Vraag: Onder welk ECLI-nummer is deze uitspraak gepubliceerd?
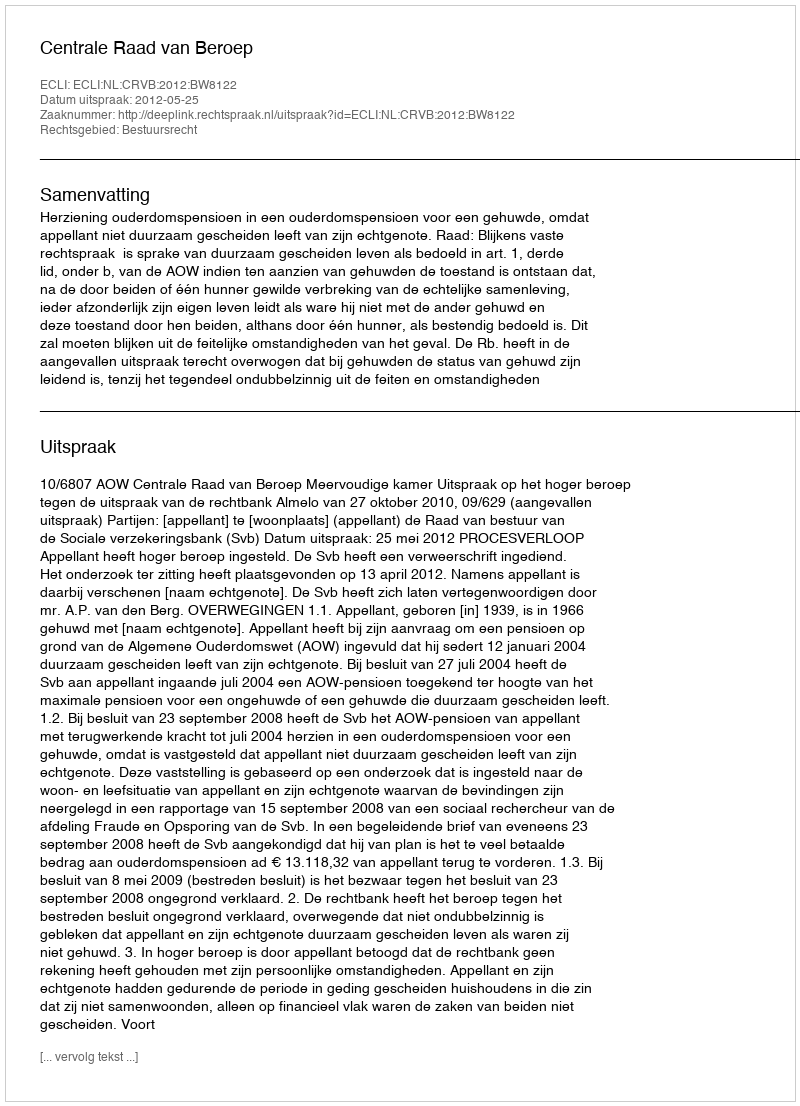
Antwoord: ECLI:NL:CRVB:2012:BW8122